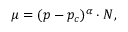
\begin{array} { r } { \mu = ( p - p _ { c } ) ^ { \alpha } \cdot N , } \end{array}